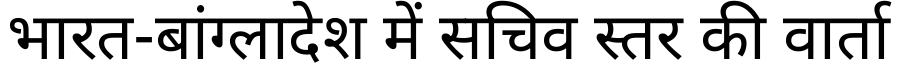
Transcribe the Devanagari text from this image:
भारत-बांग्लादेश में सचिव स्तर की वार्ता